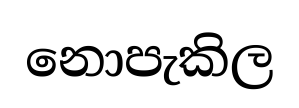
නොපැකිල